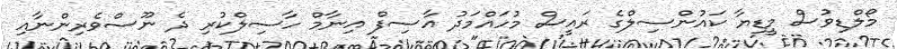
މޯލްޑިވުސް މީޑިޔާ ކައުންސިލްގެ ރައީސް މުހައްމަދު އާސިފް އިނާމް ހާސިލްކުރި ދެ ނޫސްވެރިންނާއި